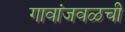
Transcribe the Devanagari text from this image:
गावांजवळची